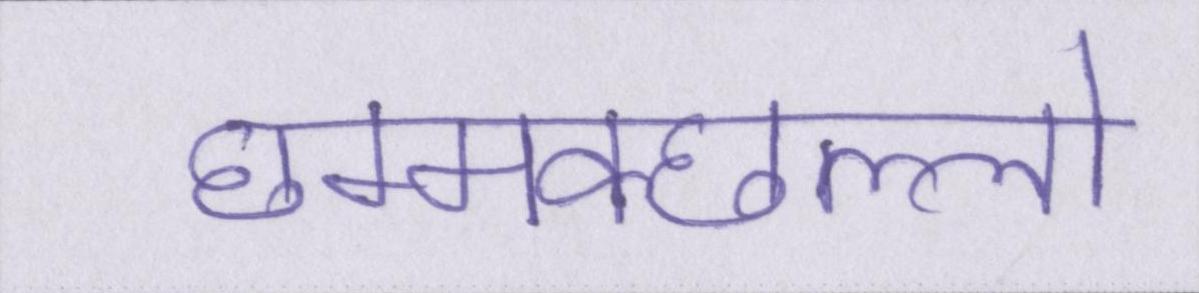
छम्मक्छल्लो